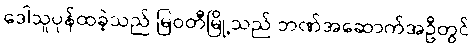
ဒေါသူပုန်ထခဲ့သည် မြဝတီမြို့သည် ဘဏ်အဆောက်အဦတွင်